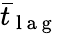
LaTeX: {{\bar{t}}_{\mathrm{~l~a~g~}}}